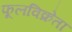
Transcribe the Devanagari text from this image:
फूलविक्रेता